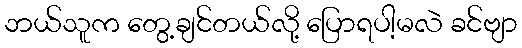
ဘယ်သူက တွေ့ချင်တယ်လို့ ပြောရပါ့မလဲ ခင်ဗျာ